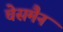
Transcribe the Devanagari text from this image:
चेसमैन